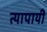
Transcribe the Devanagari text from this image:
त्यापायी